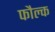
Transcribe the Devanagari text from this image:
फौल्क